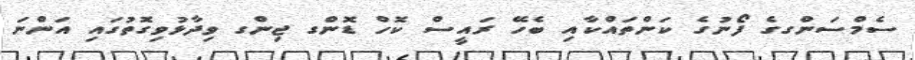
ސެމްސަންގގެ ފޯނުގެ ކަންތައްކާއި ބެހޭ ރައީސް ކޮހް ޑޮންގ ޖިންގ ވިދާޅުވިގޮތުގައި އަންނަ